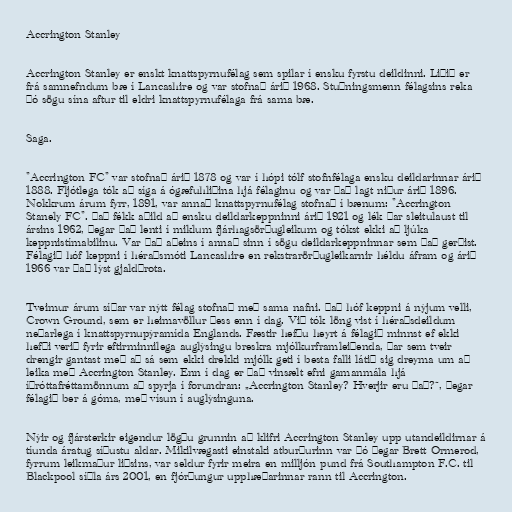
Accrington Stanley

Accrington Stanley er enskt knattspyrnufélag sem spilar í ensku fyrstu deildinni. Liðið er
frá samnefndum bæ í Lancashire og var stofnað árið 1968. Stuðningsmenn félagsins reka
þó sögu sína aftur til eldri knattspyrnufélaga frá sama bæ.

Saga.

"Accrington FC" var stofnað árið 1878 og var í hópi tólf stofnfélaga ensku deildarinnar árið
1888. Fljótlega tók að síga á ógæfuhliðina hjá félaginu og var það lagt niður árið 1896.
Nokkrum árum fyrr, 1891, var annað knattspyrnufélag stofnað í bænum: "Accrington
Stanely FC". Það fékk aðild að ensku deildarkeppninni árið 1921 og lék þar sleitulaust til
ársins 1962, þegar það lenti í miklum fjárhagsörðugleikum og tókst ekki að ljúka
keppnistímabilinu. Var það aðeins í annað sinn í sögu deildarkeppninnar sem það gerðist.
Félagið hóf keppni í héraðsmóti Lancashire en rekstrarörðugleikarnir héldu áfram og árið
1966 var það lýst gjaldþrota.

Tveimur árum síðar var nýtt félag stofnað með sama nafni. Það hóf keppni á nýjum velli,
Crown Ground, sem er heimavöllur þess enn í dag. Við tók löng vist í héraðsdeildum
neðarlega í knattspyrnupýramída Englands. Fæstir hefðu heyrt á félagið minnst ef ekki
hefði verið fyrir eftirminnilega auglýsingu breskra mjólkurframleiðenda, þar sem tveir
drengir gantast með að sá sem ekki drekki mjólk geti í besta falli látið sig dreyma um að
leika með Accrington Stanley. Enn í dag er það vinsælt efni gamanmála hjá
íþróttafréttamönnum að spyrja í forundran: „Accrington Stanley? Hverjir eru það?“, þegar
félagið ber á góma, með vísun í auglýsinguna.

Nýir og fjársterkir eigendur lögðu grunnin að klifri Accrington Stanley upp utandeildirnar á
tíunda áratug síðustu aldar. Mikilvægasti einstaki atburðurinn var þó þegar Brett Ormerod,
fyrrum leikmaður liðsins, var seldur fyrir meira en milljón pund frá Southampton F.C. til
Blackpool síðla árs 2001, en fjórðungur upphæðarinnar rann til Accrington.